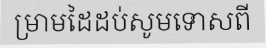
ម្រាមដៃដប់សូមទោសពី